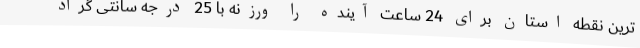
ترین نقطه استان برای 24 ساعت آینده را ورزنه با 25 درجه سانتی گراد